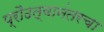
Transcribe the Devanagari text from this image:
प्रौढत्वानंतरचा